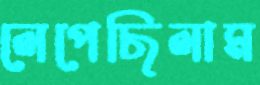
লেপেছিলাম